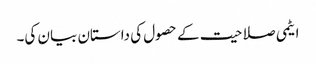
ایٹمی صلاحیت کے حصول کی داستان بیان کی۔